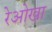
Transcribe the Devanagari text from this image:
रेओखा